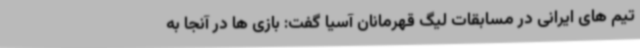
تیم های ایرانی در مسابقات لیگ قهرمانان آسیا گفت: بازی ها در آنجا به